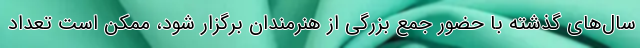
سال‌های گذشته با حضور جمع بزرگی از هنرمندان برگزار شود، ممکن است تعداد